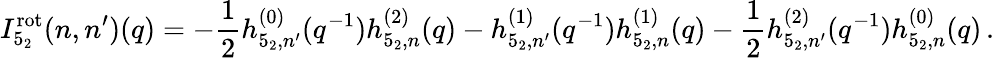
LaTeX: I_{5_{2}}^{\mathrm{rot}}(n,n^{\prime})(q)=-\frac{1}{2}h_{5_{2},n^{\prime}}^{(0)}(q^{-1})h_{5_{2},n}^{(2)}(q)-h_{5_{2},n^{\prime}}^{(1)}(q^{-1})h_{5_{2},n}^{(1)}(q)-\frac{1}{2}h_{5_{2},n^{\prime}}^{(2)}(q^{-1})h_{5_{2},n}^{(0)}(q)\, .